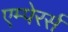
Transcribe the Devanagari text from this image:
एम्पेरर्स